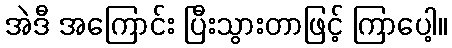
အဲဒီ အကြောင်း ပြီးသွားတာဖြင့် ကြာပေါ့။